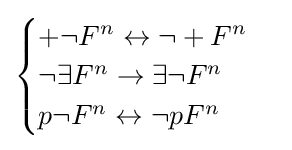
{\begin{cases}+\lnot F^{n}\leftrightarrow \lnot +F^{n}\\\lnot \exists F^{n}\rightarrow \exists \lnot F^{n}\\p\lnot F^{n}\leftrightarrow \lnot pF^{n}\end{cases}}